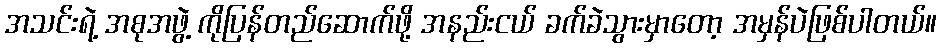
အသင်းရဲ့ အစုအဖွဲ့ ကိုပြန်တည်ဆောက်ဖို့ အနည်းငယ် ခက်ခဲသွားမှာတော့ အမှန်ပဲဖြစ်ပါတယ်။